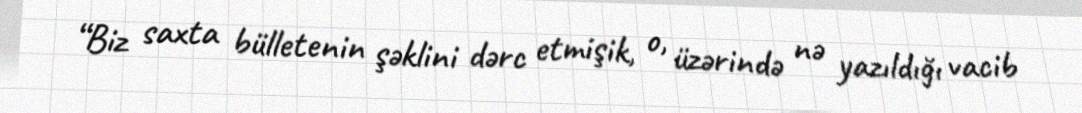
“Biz saxta bülletenin şəklini dərc etmişik, o, üzərində nə yazıldığı vacib